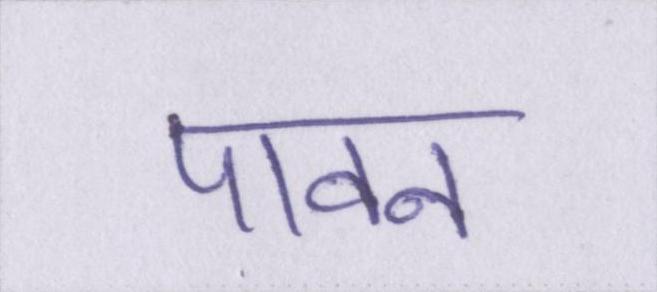
पावन